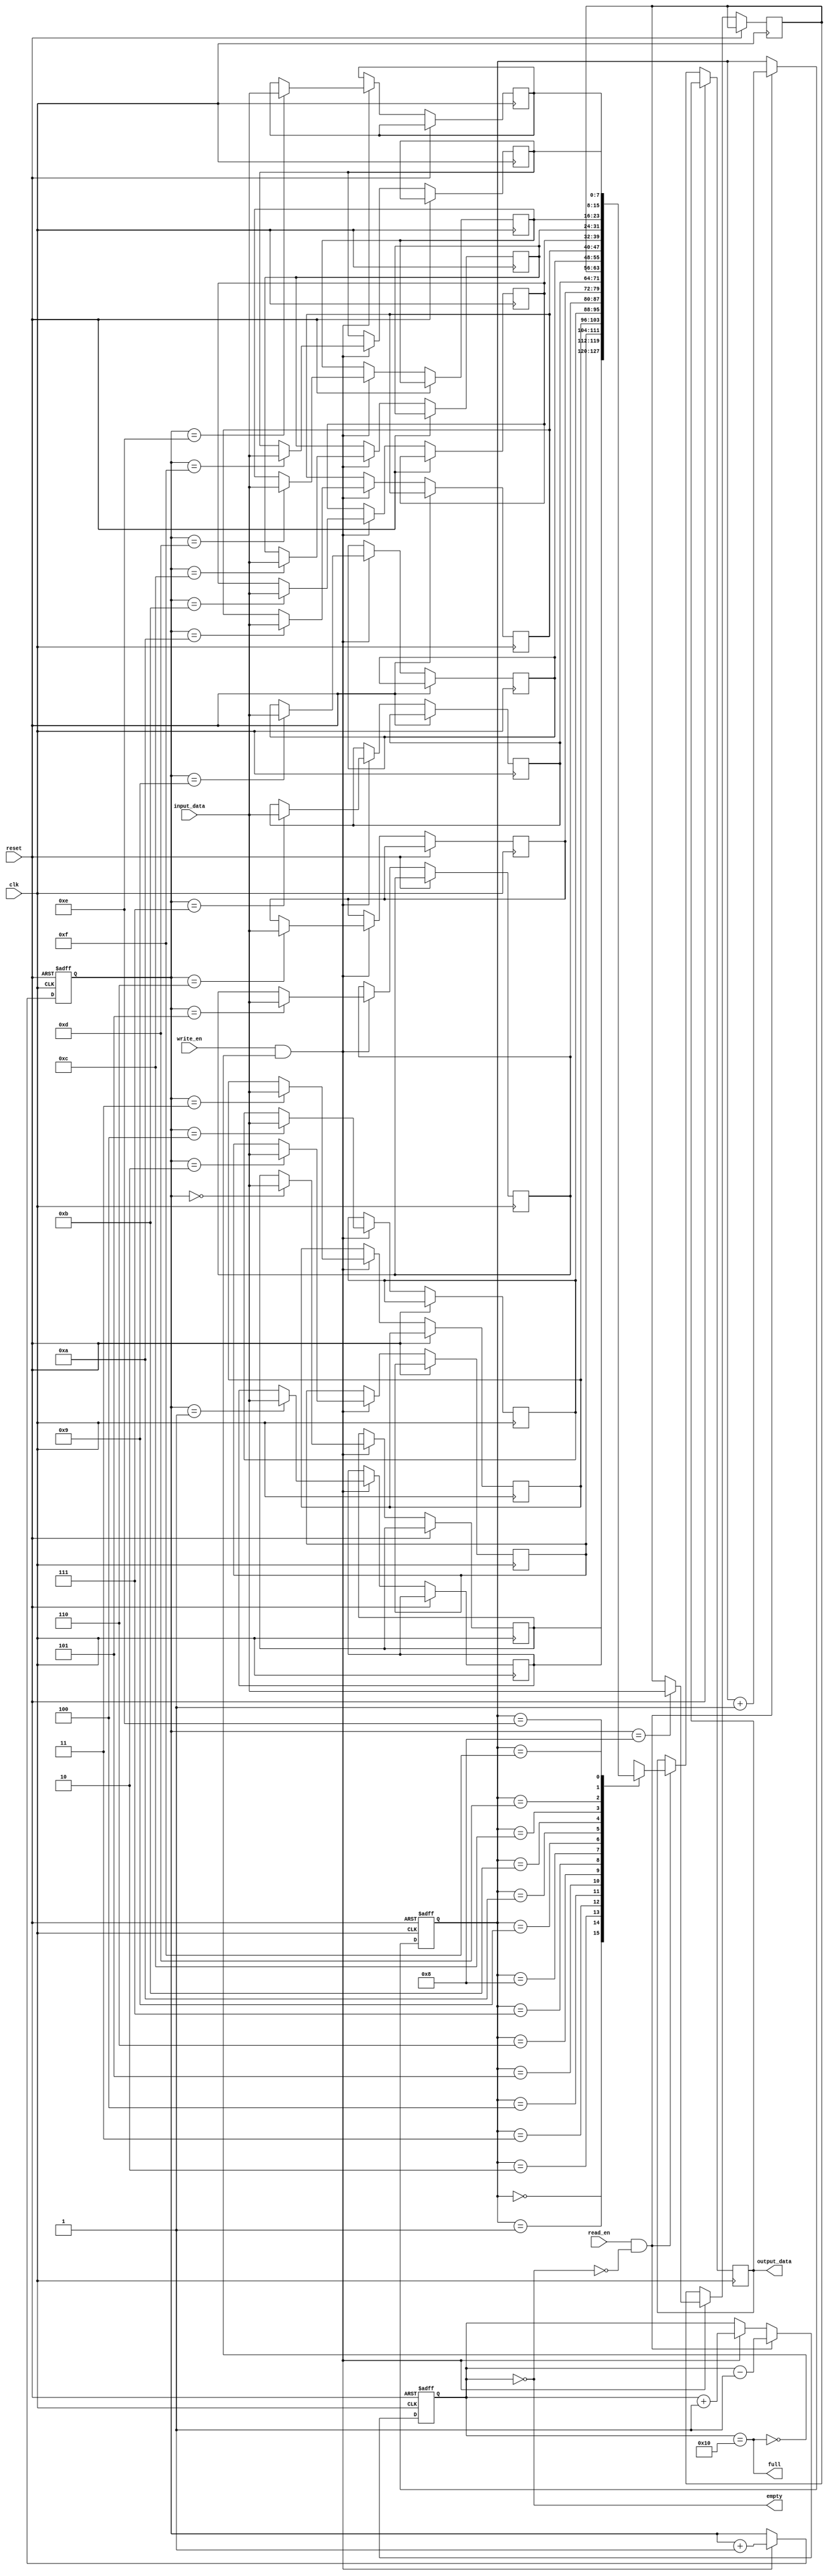
module fifo_buffer (
  input wire clk,
  input wire reset,
  input wire write_en,
  input wire read_en,
  input wire [DATA_WIDTH-1:0] input_data,
  output wire [DATA_WIDTH-1:0] output_data,
  output wire full,
  output wire empty
);

parameter DEPTH = 16; // Depth of FIFO buffer
parameter DATA_WIDTH = 8; // Width of data bus

reg [DATA_WIDTH-1:0] buffer [DEPTH-1:0];
reg [$clog2(DEPTH)-1:0] write_ptr;
reg [$clog2(DEPTH)-1:0] read_ptr;
reg [DEPTH-1:0] valid_entries;

always @(posedge clk or posedge reset) begin
  if (reset) begin
    write_ptr <= 0;
    read_ptr <= 0;
    valid_entries <= 0;
  end else begin
    if (write_en && ~full) begin
      buffer[write_ptr] <= input_data;
      write_ptr <= write_ptr + 1;
      valid_entries <= valid_entries + 1;
    end
    if (read_en && ~empty) begin
      output_data <= buffer[read_ptr];
      read_ptr <= read_ptr + 1;
      valid_entries <= valid_entries - 1;
    end
  end
end

assign full = (valid_entries == DEPTH);
assign empty = (valid_entries == 0);

endmodule